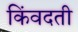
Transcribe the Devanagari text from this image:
किंवदती